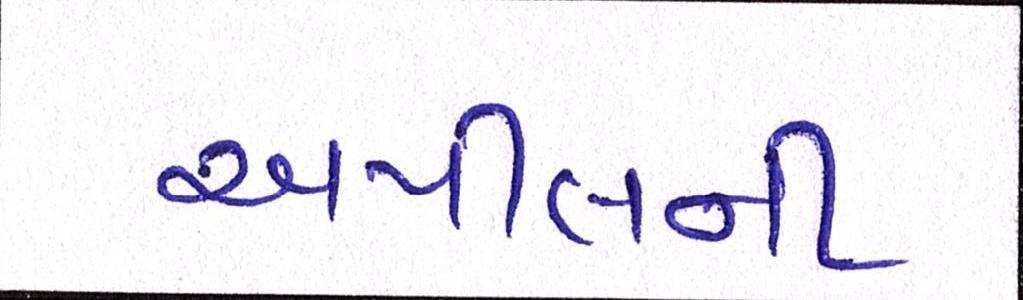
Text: અપીલની